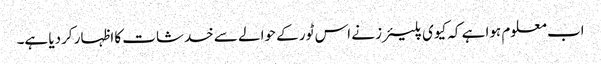
اب معلوم ہوا ہے کہ کیوی پلیئرز نے اس ٹور کے حوالے سے خدشات کا اظہار کردیا ہے۔